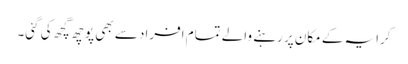
کرایہ کے مکان پر رہنے والے تمام افراد سے بھی پوچھ گچھ کی گئی۔